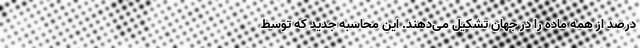
درصد از همه ماده را در جهان تشکیل می‌دهند. این محاسبه جدید که توسط